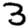
Digit: 3